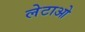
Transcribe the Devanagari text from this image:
लेटाओ